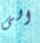
الى